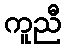
ကူညီ